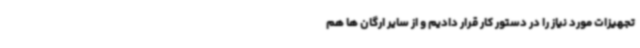
تجهیزات مورد نیاز را در دستور کار قرار دادیم و از سایر ارگان ها هم